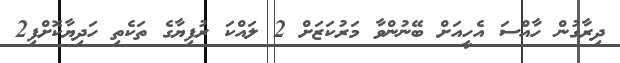
ދިރާގުން ހާއްސަ އެހީއަށް ބޭނުންވާ މަރުކަޒަށް 2 ލައްކަ ރުފިޔާގެ ތަކެތި ހަދިޔާކޮށްފި2